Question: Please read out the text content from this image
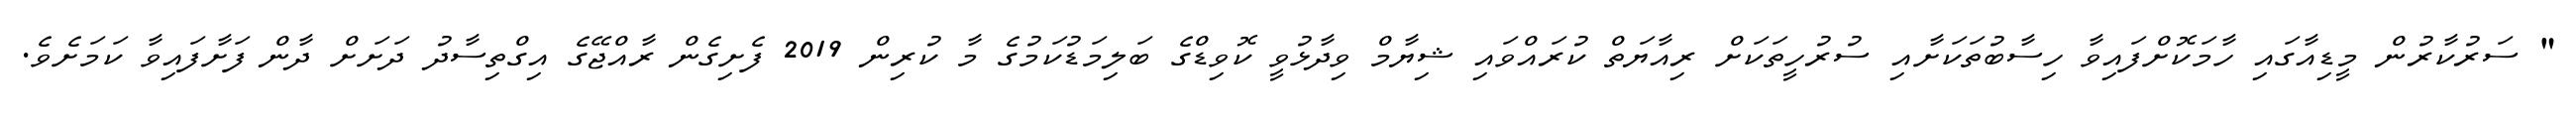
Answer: " ސަރުކާރުން މީޑިއާގައި ހާމަކޮށްފައިވާ ހިސާބުތަކަށާއި ސުރުހީތަކަށް ރިއާޔަތް ކުރައްވައި ޝިޔާމް ވިދާޅުވީ ކޮވިޑްގެ ބަލިމަޑުކަމުގެ މާ ކުރިން 2019 ފެށިގެން ރާއްޖޭގެ އިގްތިސާދު ދަށަށް ދާން ފަށާފައިވާ ކަމަށެވެ.